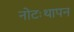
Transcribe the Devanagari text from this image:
नोटःथापन